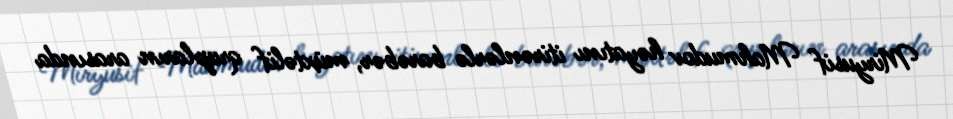
Miryusif Mahmudov həyatını itirənlərlə barəbər, müxtəlif qrupların arasında